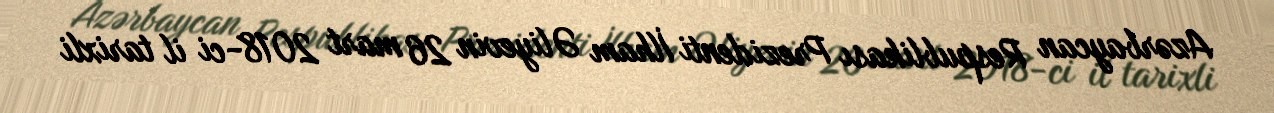
Azərbaycan Respublikası Prezidenti İlham Əliyevin 26 mart 2018-ci il tarixli